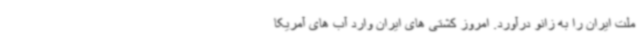
ملت ایران را به زانو درآورد. امروز کشتی های ایران وارد آب های آمریکا